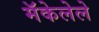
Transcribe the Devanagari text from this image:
मॅकेलेले